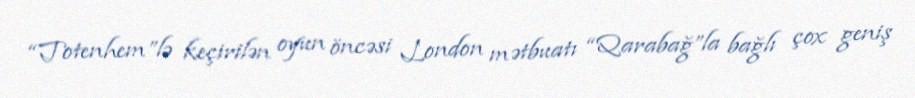
“Totenhem”lə keçirilən oyun öncəsi London mətbuatı “Qarabağ”la bağlı çox geniş